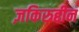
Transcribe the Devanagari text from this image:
ज़किरुद्दीन